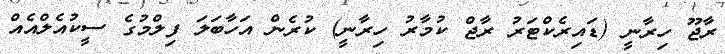
ރާޖޫ ހިރާނީ (ޑައިރެކްޓަރު ރާޖް ކުމާރު ހިރާނީ) ކުރެން އަހާބަލަ ފިލްމުގެ ސީކުއެލްއެއް